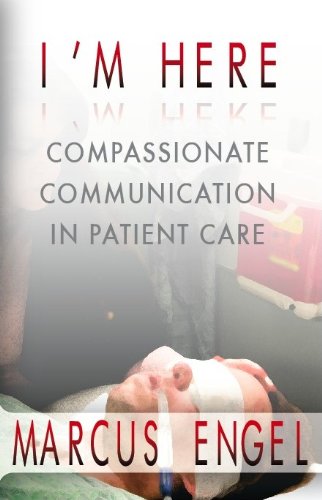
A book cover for I'm Here - Compassionate Communication in Patient Care; Marcus Engel; Mystery, Thriller & Suspense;